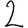
Digit: 2